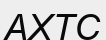
АХТС